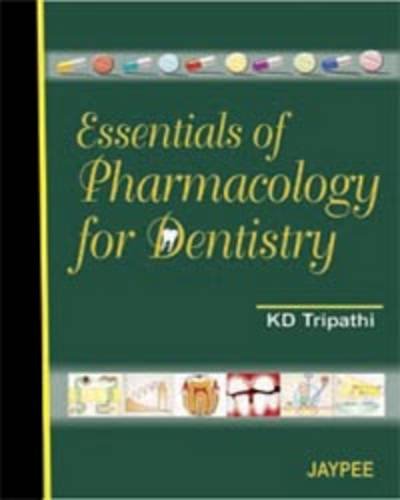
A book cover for Essentials of Pharmacology for Dentistry; K. D. Tripathi; Medical Books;